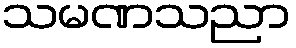
သမဏသညာ